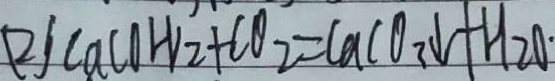
( 2 ) C a ( O H ) _ { 2 } + C O _ { 2 } = C a C O _ { 3 } \downarrow + H _ { 2 } O \cdot